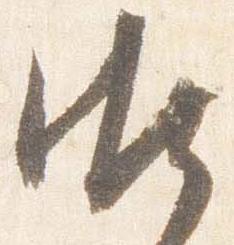
御